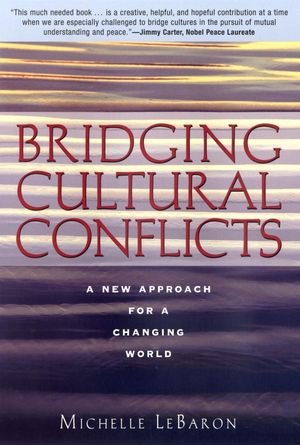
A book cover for Bridging Cultural Conflicts: A New Approach for a Changing World; Michelle LeBaron; Law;